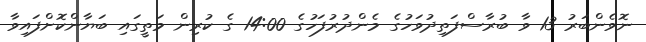
ނޮވެންބަރު 13 ވާ ބުރާސްފަތިދުވަހުގެ މެންދުރުފަހުގެ 14:00 ގެ ކުރިން މަތީގައި ބަޔާންކޮށްފައިވާ